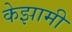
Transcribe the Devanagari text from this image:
केझामी